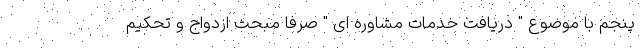
پنجم با موضوع " دریافت خدمات مشاوره ای " صرفا مبحث ازدواج و تحکیم